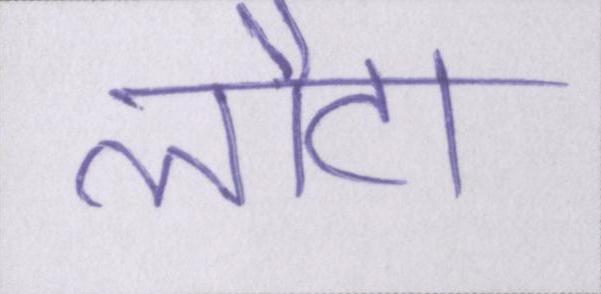
लौटा